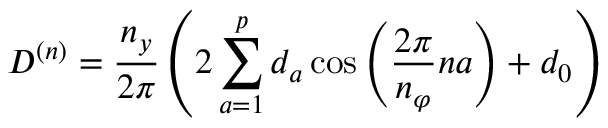
D ^ { ( n ) } = \frac { n _ { y } } { 2 \pi } \left( 2 \sum _ { a = 1 } ^ { p } d _ { a } \cos \left( \frac { 2 \pi } { n _ { \varphi } } n a \right) + d _ { 0 } \right)